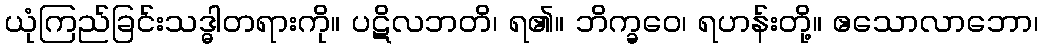
ယုံကြည်ခြင်းသဒ္ဓါတရားကို။ ပဋိလဘတိ၊ ရ၏။ ဘိက္ခဝေ၊ ရဟန်းတို့။ ဧသောလာဘော၊